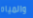
والمياه